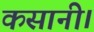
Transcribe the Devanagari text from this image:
कसानी।